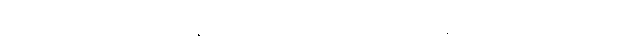
ဘယ်ရီသီးများ၊ ဆော်လမွန်ငါး ၊ဗာဒံစေ့အပါအဝင် အစေ့အဆံတွေကို စားသုံးပေးရင်